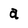
Character: a